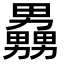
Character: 𪟧